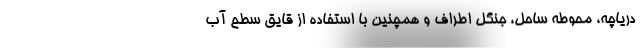
دریاچه، محوطه ساحل، جنگل اطراف و همچنین با استفاده از قایق سطح آب